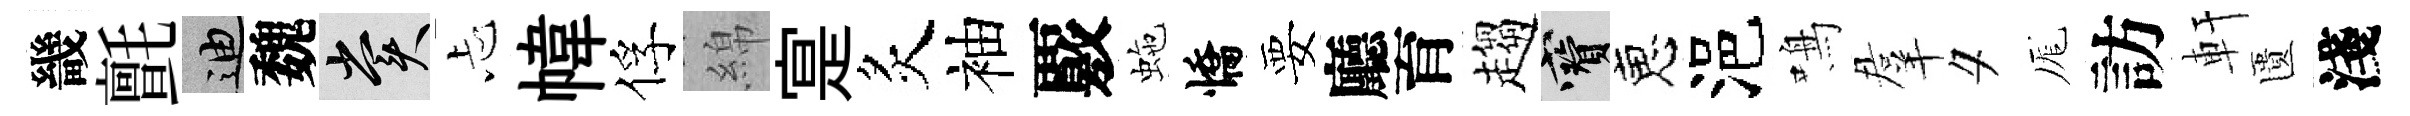
畿氈迪魏賞忐幃俘綿寔炙袖覈虵憍要廳育趨寶恵浥鳴羣夕厖訪軒匱淺